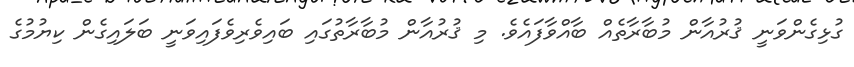
ގުޅިގެންވަނީ ޤުރުއާން މުބާރާތެއް ބާއްވާފައެވެ. މި ޤުރުއާން މުބާރާތުގައި ބައިވެރިވެފައިވަނީ ބަލައިގެން ކިޔުމުގެ